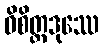
ဝိစိတ္တဒုဿေ